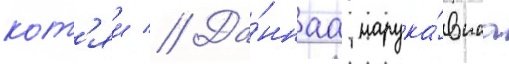
кот'яи // Да́ннаа нарука́внаа